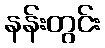
နန်းတွင်း